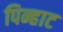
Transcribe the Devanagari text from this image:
पिन्हाट